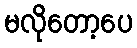
မလိုတော့ပေ